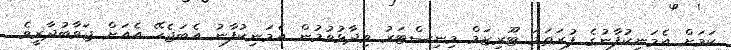
ކަމަށް އެމަނިކުފާނުގެ ފުރަތަމަ ޓޫރިޒަމް މިނިސްޓަރު ވިދާޅުވުމުން އެމަނިކުފާނު އެބަޖެހޭ އެއަށް ޖަވާބުދާރީވެ